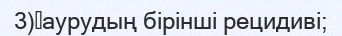
3)	аурудың бірінші рецидиві;